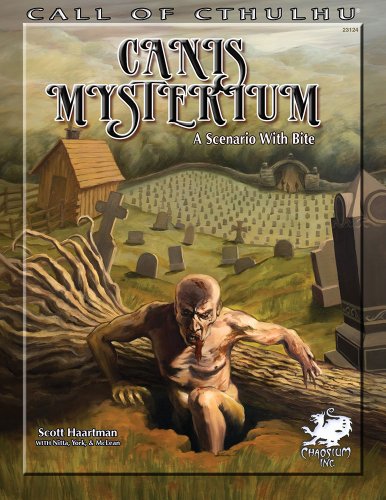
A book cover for Canis Mysterium: A Scenario With Bite (Call of Cthulhu roleplaying); Scott Haartman; Science Fiction & Fantasy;